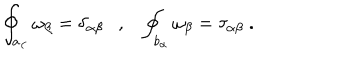
\oint _ { a _ { \alpha } } \omega _ { \beta } = \delta _ { \alpha \beta } , \oint _ { b _ { \alpha } } \omega _ { \beta } = \tau _ { \alpha \beta } ~ .